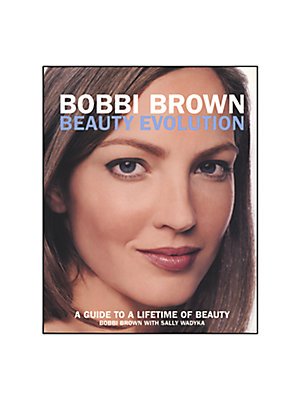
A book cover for Bobbi Brown Beauty Evolution; Health, Fitness & Dieting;